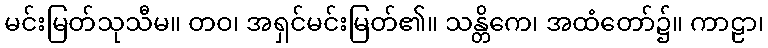
မင်းမြတ်သုသီမ။ တဝ၊ အရှင်မင်းမြတ်၏။ သန္တိကေ၊ အထံတော်၌။ ကာဠာ၊